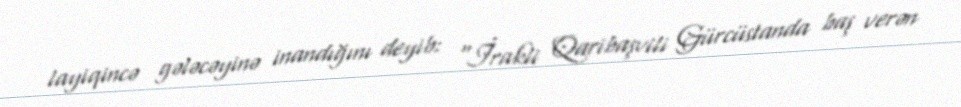
layiqincə gələcəyinə inandığını deyib: “İrakli Qaribaşvili Gürcüstanda baş verən